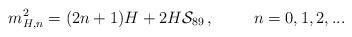
LaTeX: \begin{align*}m^2_{H,n} = (2n+1)H + 2H{\cal S}_{89}\,, \hspace{1cm} n=0,1,2,...\end{align*}